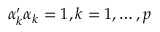
\alpha _ { k } ^ { \prime } \alpha _ { k } = 1 , k = 1 , \dots , p